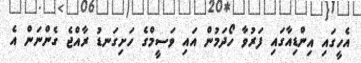
އެހީގައި އިންޑިއާގައި ފަރުވާ ހޯދަމުން އައި ވަސީމްގެ ހަށިގަނޑު ރާއްޖެ ގެންނަން އެ